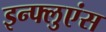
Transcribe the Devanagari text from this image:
इन्फ्लुएंस